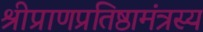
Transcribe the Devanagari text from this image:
श्रीप्राणप्रतिष्ठामंत्रस्य